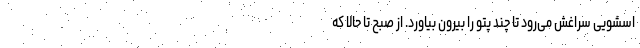
اسشویی سراغش می‌رود تا چند پتو را بیرون بیاورد. از صبح تا حالا که